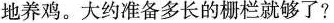
地养鸡。大约准备多长的栅栏就够了?